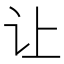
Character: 让